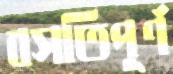
বসতিপূর্ণ